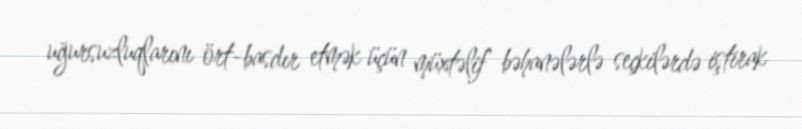
uğursuzluqlarını ört-basdır etmək üçün müxtəlif bəhanələrlə seçkilərdə iştirak